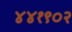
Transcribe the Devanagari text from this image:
४४१९०२